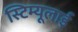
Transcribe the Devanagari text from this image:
स्टिम्यूलाई